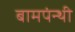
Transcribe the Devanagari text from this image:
बामपंन्थी